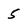
Character: 5